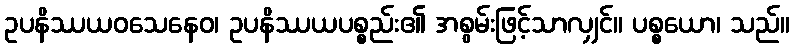
ဥပနိဿယဝသေနေဝ၊ ဥပနိဿယပစ္စည်း၏ အစွမ်းဖြင့်သာလျှင်။ ပစ္စယော၊ သည်။